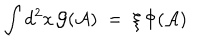
LaTeX: \int d ^ { 2 } x \, { \mathcal G } ( { \mathcal A } ) \; = \; \xi \, \Phi ( { \mathcal A } )